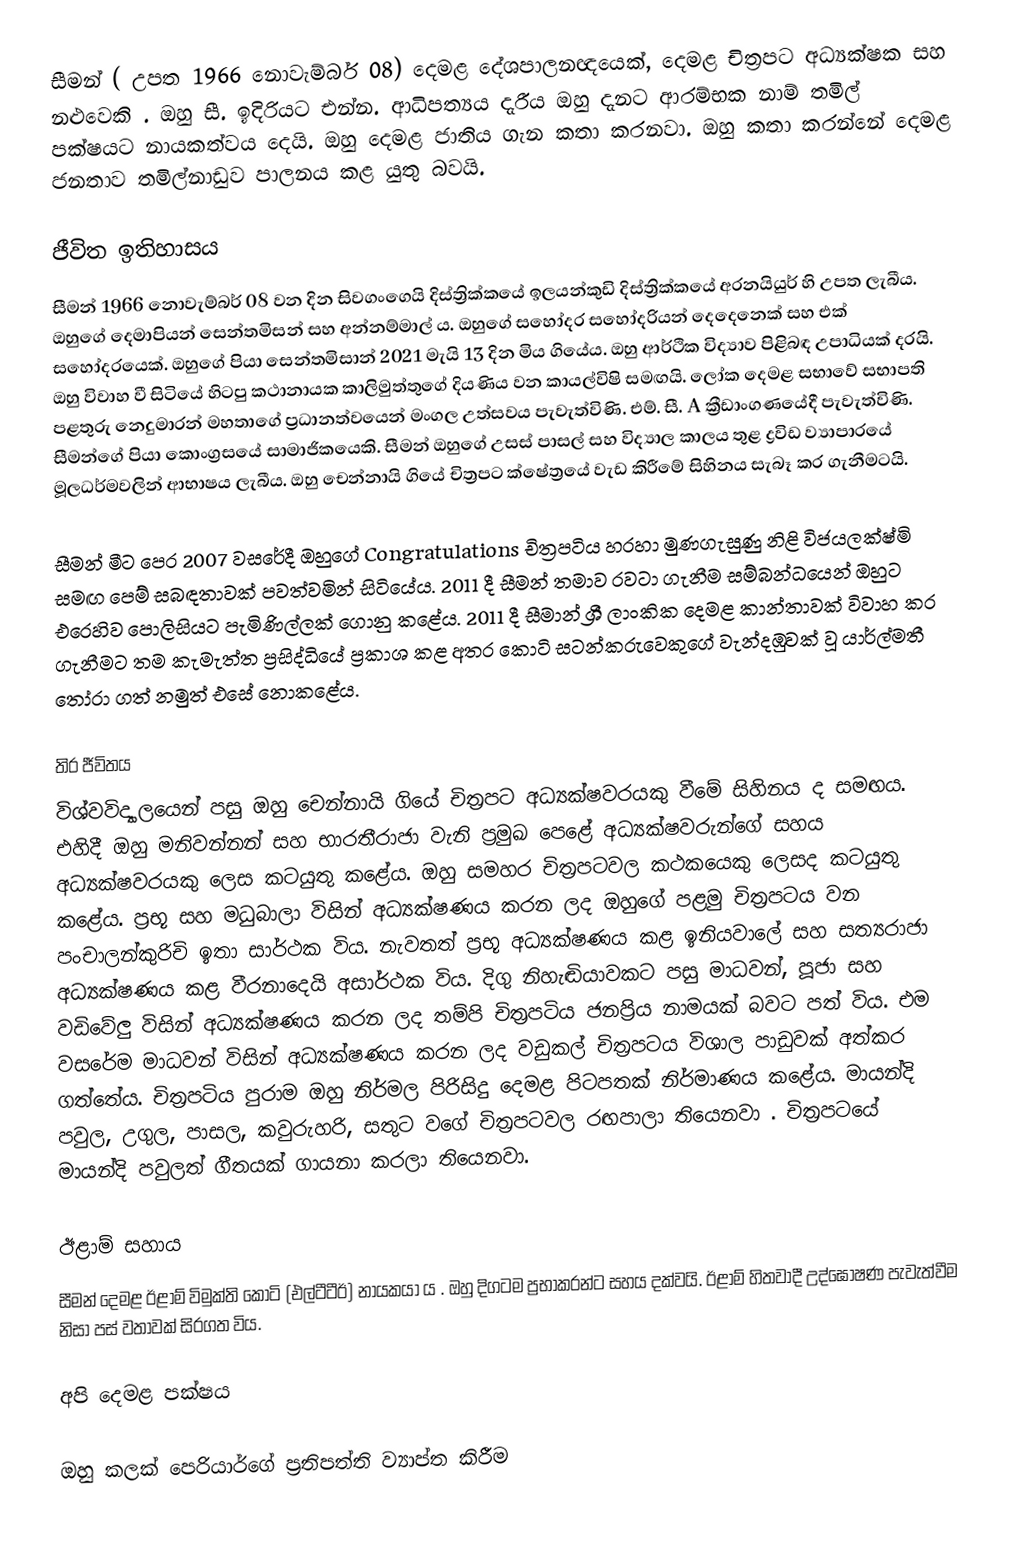
සීමන් ( උපත 1966 නොවැම්බර් 08) දෙමළ දේශපාලනඥයෙක්, දෙමළ චිත්‍රපට අධ්‍යක්ෂක සහ නළුවෙකි .  ඔහු සී. ඉදිරියට එන්න. ආධිපත්‍යය දැරීය ඔහු දැනට ආරම්භක නාම් තමිල් පක්ෂයට නායකත්වය දෙයි.  ඔහු දෙමළ ජාතිය ගැන කතා කරනවා. ඔහු කතා කරන්නේ දෙමළ ජනතාව තමිල්නාඩුව පාලනය කළ යුතු බවයි.

ජීවිත ඉතිහාසය
සීමන් 1966 නොවැම්බර් 08 වන දින සිවගංගෙයි දිස්ත්‍රික්කයේ ඉලයන්කුඩි දිස්ත්‍රික්කයේ අරනයියුර් හි උපත ලැබීය. ඔහුගේ දෙමාපියන් සෙන්තමිසන් සහ අන්නම්මාල් ය.  ඔහුගේ සහෝදර සහෝදරියන් දෙදෙනෙක් සහ එක් සහෝදරයෙක්. ඔහුගේ පියා සෙන්තමිසාන් 2021 මැයි 13 දින මිය ගියේය. ඔහු ආර්ථික විද්‍යාව පිළිබඳ උපාධියක් දරයි. ඔහු විවාහ වී සිටියේ හිටපු කථානායක කාලිමුත්තුගේ දියණිය වන කායල්විෂි සමඟයි. ලෝක දෙමළ සභාවේ සභාපති පළතුරු නෙදුමාරන් මහතාගේ ප්‍රධානත්වයෙන් මංගල උත්සවය පැවැත්විණි. එම්. සී. A ක්‍රීඩාංගණයේදී පැවැත්විණි.   සීමන්ගේ පියා කොංග්‍රසයේ සාමාජිකයෙකි. සීමන් ඔහුගේ උසස් පාසල් සහ විද්‍යාල කාලය තුළ ද්‍රවිඩ ව්‍යාපාරයේ මූලධර්මවලින් ආභාෂය ලැබීය. ඔහු චෙන්නායි ගියේ චිත්‍රපට ක්ෂේත්‍රයේ වැඩ කිරීමේ සිහිනය සැබෑ කර ගැනීමටයි.

සීමන් මීට පෙර 2007 වසරේදී ඔහුගේ Congratulations චිත්‍රපටිය හරහා මුණගැසුණු නිළි විජයලක්ෂ්මි සමඟ පෙම් සබඳතාවක් පවත්වමින් සිටියේය. 2011 දී සීමන් තමාව රවටා ගැනීම සම්බන්ධයෙන් ඔහුට එරෙහිව පොලිසියට පැමිණිල්ලක් ගොනු කළේය.  2011 දී සීමාන් ශ්‍රී ලාංකික දෙමළ කාන්තාවක් විවාහ කර ගැනීමට තම කැමැත්ත ප්‍රසිද්ධියේ ප්‍රකාශ කළ අතර කොටි සටන්කරුවෙකුගේ වැන්දඹුවක් වූ යාර්ල්මතී තෝරා ගත් නමුත් එසේ නොකළේය.

තිර ජීවිතය
විශ්වවිද්‍යාලයෙන් පසු ඔහු චෙන්නායි ගියේ චිත්‍රපට අධ්‍යක්ෂවරයකු වීමේ සිහිනය ද සමඟය. එහිදී ඔහු මනිවන්නන් සහ භාරතීරාජා වැනි ප්‍රමුඛ පෙළේ අධ්‍යක්ෂවරුන්ගේ සහය අධ්‍යක්ෂවරයකු ලෙස කටයුතු කළේය. ඔහු සමහර චිත්‍රපටවල කථකයෙකු ලෙසද කටයුතු කළේය. ප්‍රභූ සහ මධුබාලා විසින් අධ්‍යක්ෂණය කරන ලද ඔහුගේ පළමු චිත්‍රපටය වන පංචාලන්කුරිචි ඉතා සාර්ථක විය. නැවතත් ප්‍රභූ අධ්‍යක්ෂණය කළ ඉනියවාලේ සහ සත්‍යරාජා අධ්‍යක්ෂණය කළ වීරනාදෙයි අසාර්ථක විය. දිගු නිහැඬියාවකට පසු මාධවන්, පූජා සහ වඩිවේලු විසින් අධ්‍යක්ෂණය කරන ලද තම්පි චිත්‍රපටිය ජනප්‍රිය නාමයක් බවට පත් විය. එම වසරේම මාධවන් විසින් අධ්‍යක්ෂණය කරන ලද වඩුකල් චිත්‍රපටය විශාල පාඩුවක් අත්කර ගත්තේය. චිත්‍රපටිය පුරාම ඔහු නිර්මල පිරිසිදු දෙමළ පිටපතක් නිර්මාණය කළේය. මායන්දි පවුල, උගුල, පාසල, කවුරුහරි, සතුට වගේ චිත්‍රපටවල රඟපාලා තියෙනවා . චිත්‍රපටයේ මායන්දි පවුලත් ගීතයක් ගායනා කරලා තියෙනවා.

ඊළාම් සහාය
සීමන් දෙමළ ඊළාම් විමුක්ති කොටි (එල්ටීටීඊ) නායකයා ය . ඔහු දිගටම ප්‍රභාකරන්ට සහය දක්වයි.  ඊළාම් හිතවාදී උද්ඝෝෂණ පැවැත්වීම නිසා පස් වතාවක් සිරගත විය.

අපි දෙමළ පක්ෂය

ඔහු කලක් පෙරියාර්ගේ ප්‍රතිපත්ති ව්‍යාප්ත කිරීම